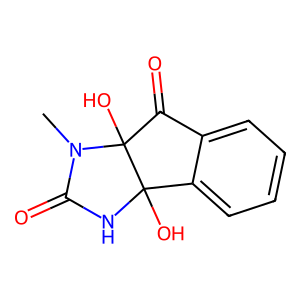
SMILES: CN1C(=O)NC2(O)c3ccccc3C(=O)C12O
Inhibits HIV replication: No